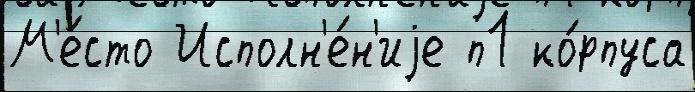
М'е́сто Исполн'е́н'иjе п1 ко́рпуса